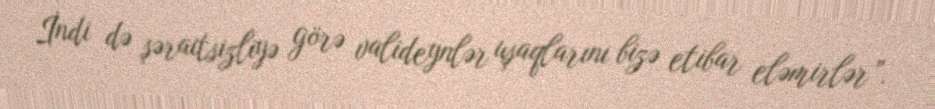
İndi də şəraitsizliyə görə valideynlər uşaqlarını bizə etibar eləmirlər”.